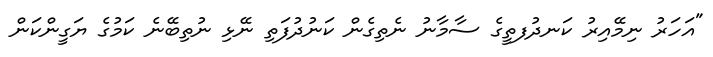
"އަހަރު ނިމޭއިރު ކަނދުފތީގެ ސާމާނު ނެތިގެން ކަނުދުފަތި ނޭޅި ނުތިބޭނެ ކަމުގެ ޔަގީންކަން